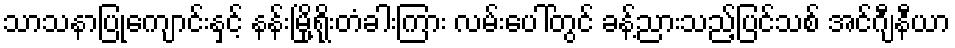
သာသနာပြုကျောင်းနှင့် နန်းမြို့ရိုးတံခါးကြား လမ်းပေါ်တွင် ခန့်ညားသည့်ပြင်သစ် အင်ဂျီနီယာ